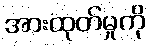
အားထုတ်မှုကို